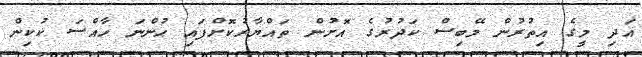
އަދި މީގެ އިތުރުން މޭބިސް ކަދުރުގެ އޮށުން ތައްޔާރުކޮށްފައި ހުންނަ ހާއްސަ ކުކިން